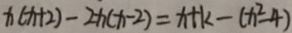
x ( x + 2 ) - 2 x ( x - 2 ) = x + k - ( x ^ { 2 } - 4 )